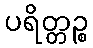
ပရိတ္တဉ္စ